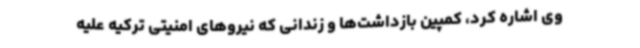
وی اشاره کرد، کمپین بازداشت‌ها و زندانی که نیروهای امنیتی ترکیه علیه